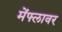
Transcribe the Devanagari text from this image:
मेंफ्लावर